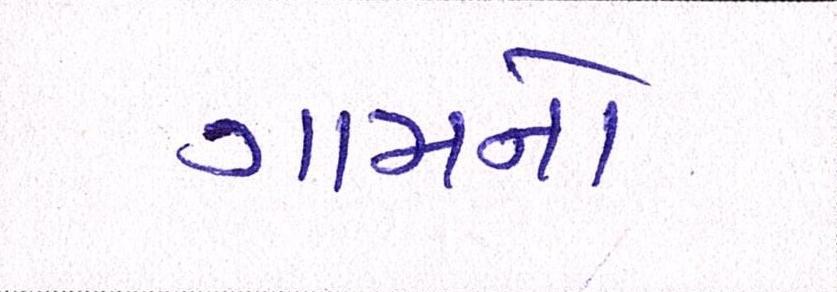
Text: ગામનો